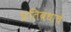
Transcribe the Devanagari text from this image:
प्रतिबंधाचे